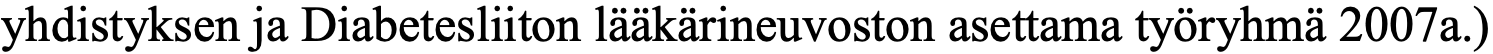
yhdistyksen ja Diabetesliiton lääkärineuvoston asettama työryhmä 2007a.)